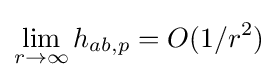
\lim _{r\rightarrow \infty }h_{ab,p}=O(1/r^{2})